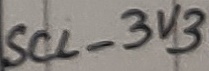
Text: SCL_3V§